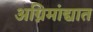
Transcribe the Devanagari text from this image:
अग्निमांद्यात